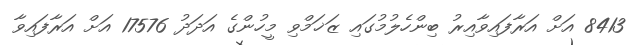
8413 އަށް އަރާފައިވާއިރު ބިންހެލުމުގައި ޒަޚަމްވި މީހުންގެ އަދަދު 17576 އަށް އަރާފައިވާ